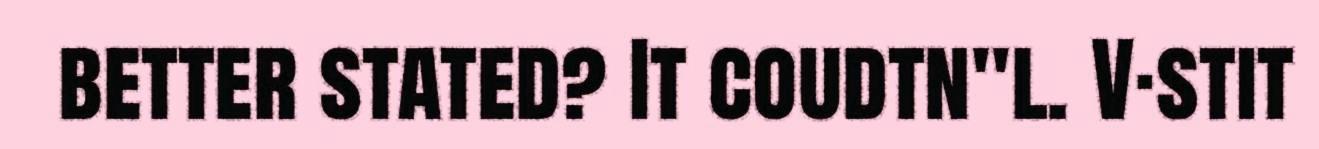
better stated? It coudtn"l. V·stit